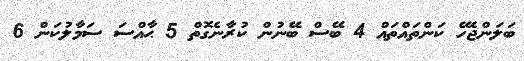
ބަލަންޖެހޭ ކަންތައްތައް 4 ބޭސް ބޭނުން ކުރާނެގޮތް 5 ޙާއްސަ ސަމާލުކަން 6